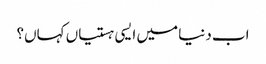
اب دنیا میں ایسی ہستیاں کہاں؟